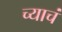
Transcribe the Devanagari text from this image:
च्याचं